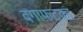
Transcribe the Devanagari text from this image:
दगाफटका